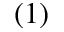
( 1 )